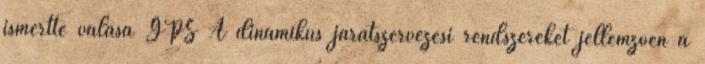
ismertté válása GPS A dinamikus járatszervezési rendszereket jellemzően a